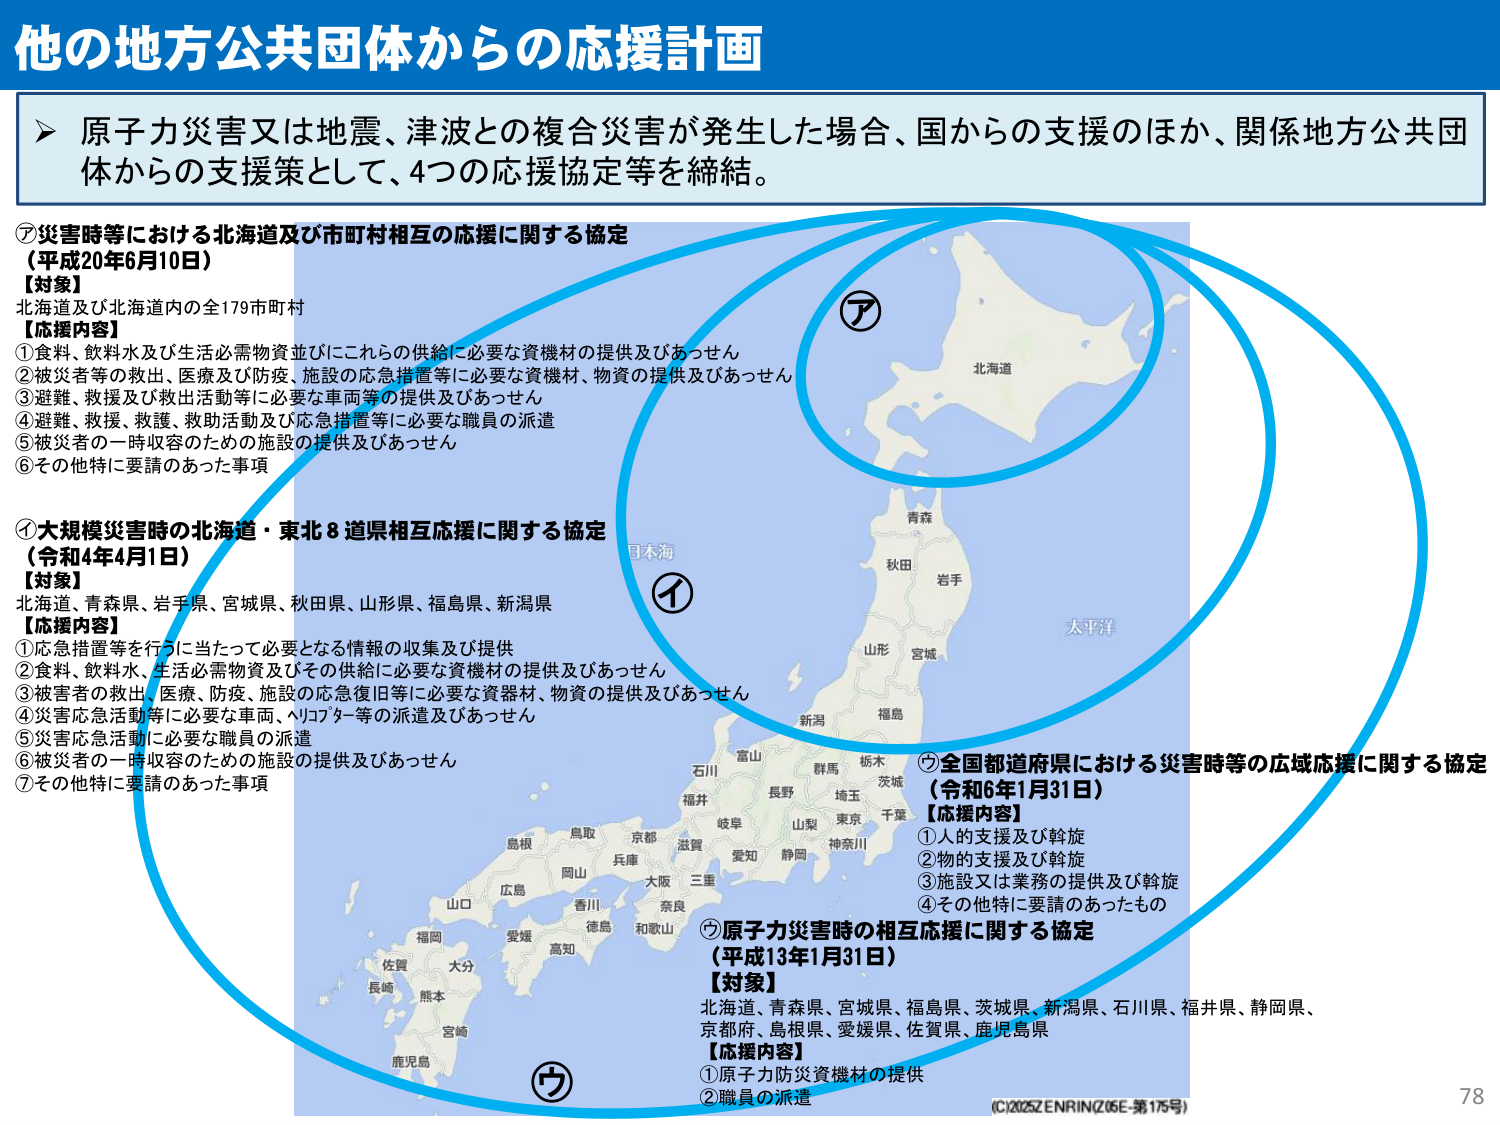
他の地方公共団体からの応援計画

▶ 原子力災害又は地震、津波との複合災害が発生した場合、国からの支援のほか、関係地方公共団体からの支援策として、4つの応援協定等を締結。

⑦災害時等における北海道及び市町村相互の応援に関する協定
（平成20年6月10日）
【対象】
北海道及び北海道内の全179市町村
【応援内容】
①食料、飲料水及び生活必需物資並びにこれらの供給に必要な資機材の提供及びあっせん
②被災者等の救出、医療及び防疫、施設の応急措置等に必要な資機材、物資の提供及びあっせん
③避難、救援及び救出活動等に必要な車両等の提供及びあっせん
④避難、救援、救護、救助活動及び応急措置等に必要な職員の派遣
⑤被災者の一時収容のための施設の提供及びあっせん
⑥その他特に要請のあった事項

①大規模災害時の北海道・東北8道県相互応援に関する協定
（令和4年4月1日）
【対象】
北海道、青森県、岩手県、宮城県、秋田県、山形県、福島県、新潟県
【応援内容】
①応急措置等を行うに当たって必要となる情報の収集及び提供
②食料、飲料水、生活必需物資及びその供給に必要な資機材の提供及びあっせん
③被害者の救出、医療、防疫、施設の応急復旧等に必要な資器材、物資の提供及びあっせん
④災害応急活動等に必要な車両、ヘリコプター等の派遣及びあっせん
⑤災害応急活動に必要な職員の派遣
⑥被災者の一時収容のための施設の提供及びあっせん
⑦その他特に要請のあった事項

⑦全国都道府県における災害時等の広域応援に関する協定
（令和6年1月31日）
【応援内容】
①人の支援及び斡旋
②物の支援及び斡旋
③施設又は業務の提供及び斡旋
④その他特に要請のあったもの

⑦原子力災害時の相互応援に関する協定
（平成13年1月31日）
【対象】
北海道、青森県、宮城県、福島県、茨城県、新潟県、石川県、福井県、静岡県、
京都府、島根県、愛媛県、佐賀県、鹿児島県
【応援内容】
①原子力防災資機材の提供
②職員の派遣

北海道
青森
秋田
岩手
山形
宮城
新潟
福島
石川
富山
群馬
栃木
茨城
千葉
長野
山梨
東京
神奈川
岐阜
愛知
静岡
三重
大阪
京都
兵庫
奈良
和歌山
鳥取
岡山
広島
山口
福岡
大分
佐賀
長崎
熊本
宮崎
鹿児島
高知
愛媛
徳島
香川
高知
島根

日本海
太平洋

(C)2025ZENRIN(Z05E-第175号)
78